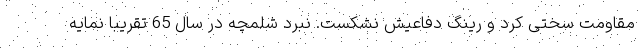
مقاومت سختی کرد و رینگ دفاعیش نشکست. نبرد شلمچه در سال 65 تقریبا نمایه